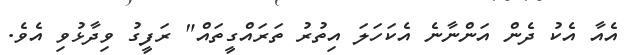
އެއާ އެކު ދެން އަންނާނެ އެކަހަލަ އިތުރު ތަރައްގީތައް" ރަފީގު ވިދާޅުވި އެވެ.